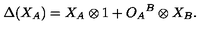
\Delta ( X _ { A } ) = X _ { A } \otimes 1 + { O _ { A } } ^ { B } \otimes X _ { B } .